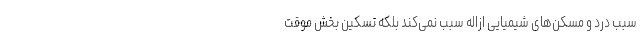
سبب درد و مسکن‌های شیمیایی ازاله سبب نمی‌کند بلکه تسکین بخش موقت